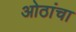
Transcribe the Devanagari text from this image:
ओठांचा